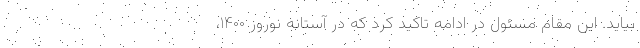
بیاید. این مقام مسئول در ادامه تاکید کرد که در آستانه نوروز ۱۴۰۰،